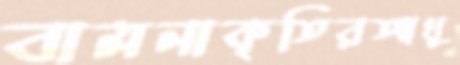
বামনাকৃতিরআধু